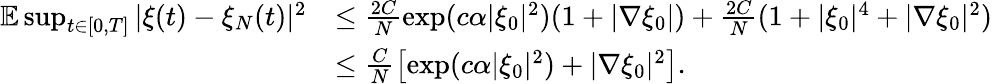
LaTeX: \begin{array}{rl}{\mathbb{E}\operatorname*{sup}_{t\in[0,T]}|\xi(t)-\xi_{N}(t)|^{2}}&{\leq\frac{2C}{N}\exp(c\alpha|\xi_{0}|^{2})(1+|\nabla\xi_{0}|)+\frac{2C}{N}(1+|\xi_{0}|^{4}+|\nabla\xi_{0}|^{2})}\\ &{\leq\frac{C}{N}\left[\exp(c\alpha|\xi_{0}|^{2})+|\nabla\xi_{0}|^{2}\right].}\end{array}